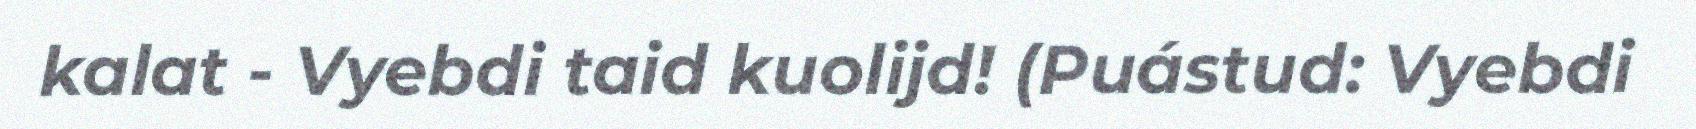
kalat - Vyebdi taid kuolijd! (Puástud: Vyebdi